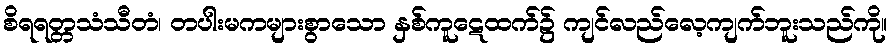
စိရရတ္တသံသီတံ၊ တပါးမကများစွာသော နှစ်ကူဋေထက်၌ ကျင်လည်လေ့ကျက်ဘူးသည်ကို။